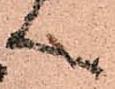
へ